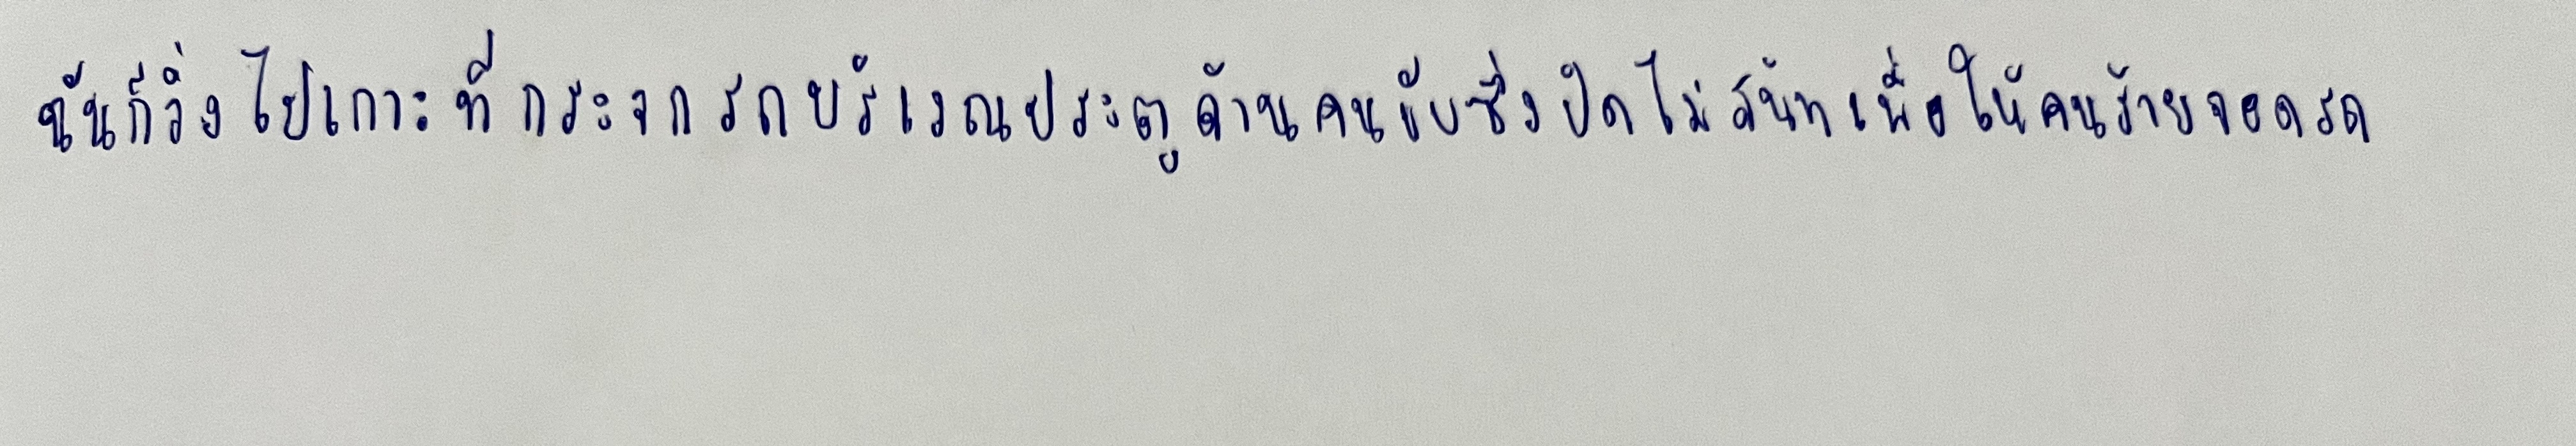
ฉันก็วิ่งไปเกาะที่กระจกรถบริเวณประตูด้านคนขับซึ่งปิดไม่สนิทเพื่อให้คนร้ายจอดรถ